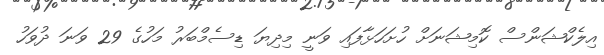
އިލެކްޝަންސް ކޮމިޝަނަށް ހުށަހަޅާފައި ވަނީ މިދިޔަ ޑިސެމްބަރު މަހުގެ 29 ވަނަ ދުވަހު